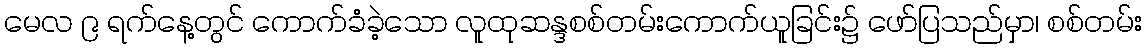
မေလ ၉ ရက်နေ့တွင် ကောက်ခံခဲ့သော လူထုဆန္ဒစစ်တမ်းကောက်ယူခြင်း၌ ဖော်ပြသည်မှာ၊ စစ်တမ်း